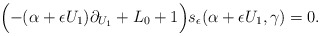
\begin{align*} \Big({-}(\alpha + \epsilon U_1) \partial_{U_1} + L_0 + 1\Big) s_{\epsilon}(\alpha + \epsilon U_1,\gamma) = 0.\end{align*}